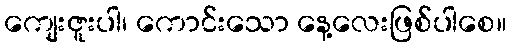
ကျေးဇူးပါ၊ ကောင်းသော နေ့လေးဖြစ်ပါစေ။